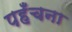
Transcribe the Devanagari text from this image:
पहँचना